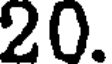
20.